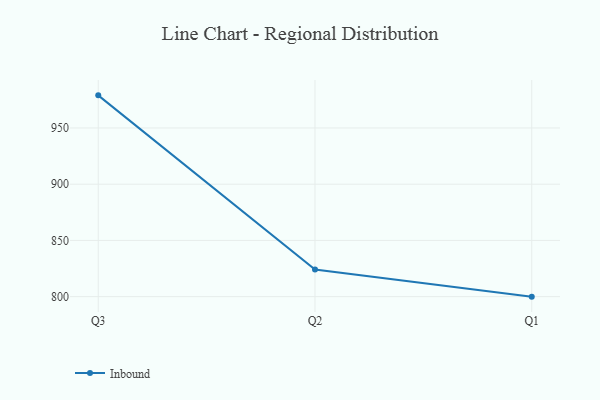
{"axis": {"x": "Quarter", "y": "Backlog"}, "legend": ["Inbound"], "data": [{"x": "Q3", "y": 979.0, "type": "Inbound"}, {"x": "Q2", "y": 824.1, "type": "Inbound"}, {"x": "Q1", "y": 800, "type": "Inbound"}]}